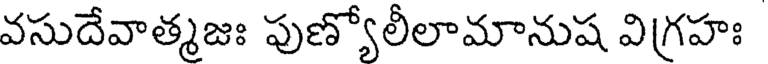
వసుదేవాత్మజః పుణ్యోలీలామానుష విగ్రహః